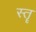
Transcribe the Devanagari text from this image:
स्‍तॄ